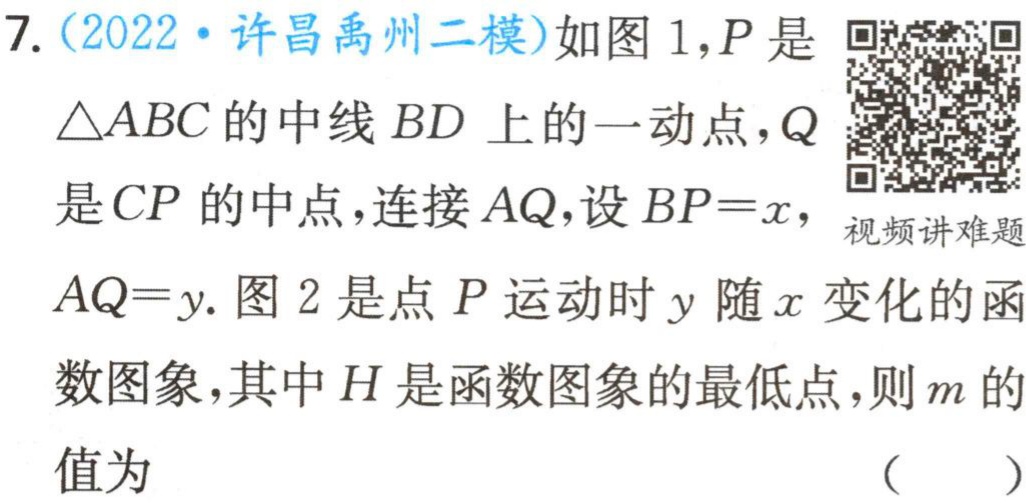
7. (2022·许昌禹州二模)如图 1，\(P\)是

\(\triangle ABC\)的中线\(BD\)上的一动点，\(Q\)

是\(CP\)的中点，连接\(AQ\)，设\(BP = x\)，

\(AQ = y\). 图 2 是点\(P\)运动时\(y\)随\(x\)变化的函

数图象，其中\(H\)是函数图象的最低点，则\(m\)的

值为

（  ）